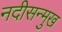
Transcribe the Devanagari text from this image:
नदीसन्मुख